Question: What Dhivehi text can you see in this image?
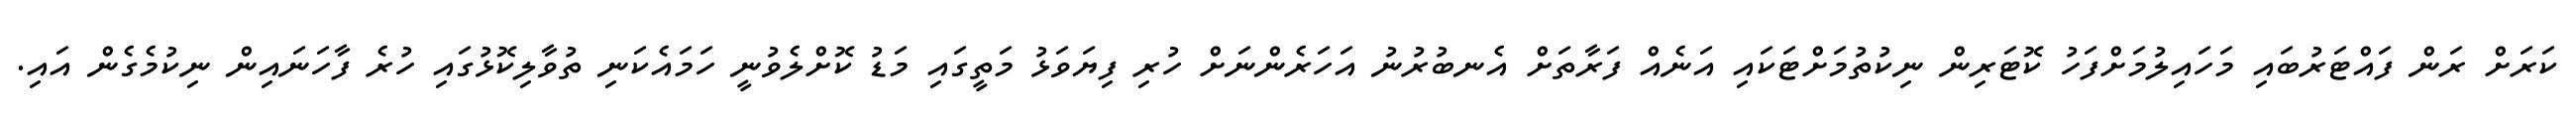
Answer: ކަރަށް ރަން ފައްޓަރުބައި މަހައިލުމަށްފަހު ކޮޓަރިން ނިކުތުމަށްޓަކައި އަނެއް ފަރާތަށް އެނބުރުނު އަހަރެންނަށް ހުރި ފިޔަވަޅު މަތީގައި މަޑު ކޮށްލެވުނީ ހަމައެކަނި ތުވާލިކޮޅުގައި ހުރެ ފާހަނައިން ނިކުމެގެން އައި.